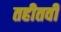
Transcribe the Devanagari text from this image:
तहीतवी